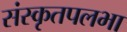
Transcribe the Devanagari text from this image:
संस्कृतपलभा